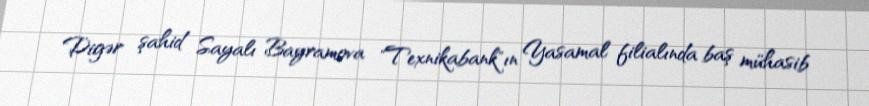
Digər şahid Sayalı Bayramova "Texnikabank"ın Yasamal filialında baş mühasib